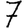
Digit: 7